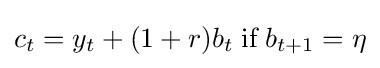
c_{t}=y_{t}+(1+r)b_{t}\;{\textrm {if}}\;b_{t+1}=\eta